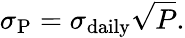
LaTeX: \sigma_{\mathrm{P}}=\sigma_{\mathrm{daily}}{\sqrt{P}}.